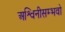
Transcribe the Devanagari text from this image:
अश्विनीसम्भवो